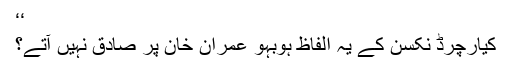
‘‘
کیارچرڈ نکسن کے یہ الفاظ ہوبہو عمران خان پر صادق نہیں آتے؟